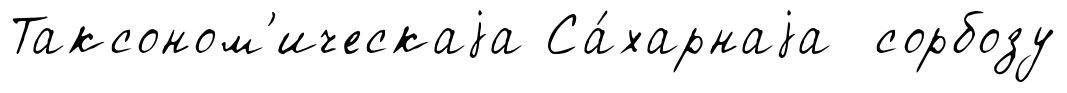
Таксоном'ическаjа Са́харнаjа сорбозу